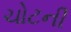
ચોટની